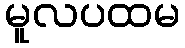
မူလပထမ